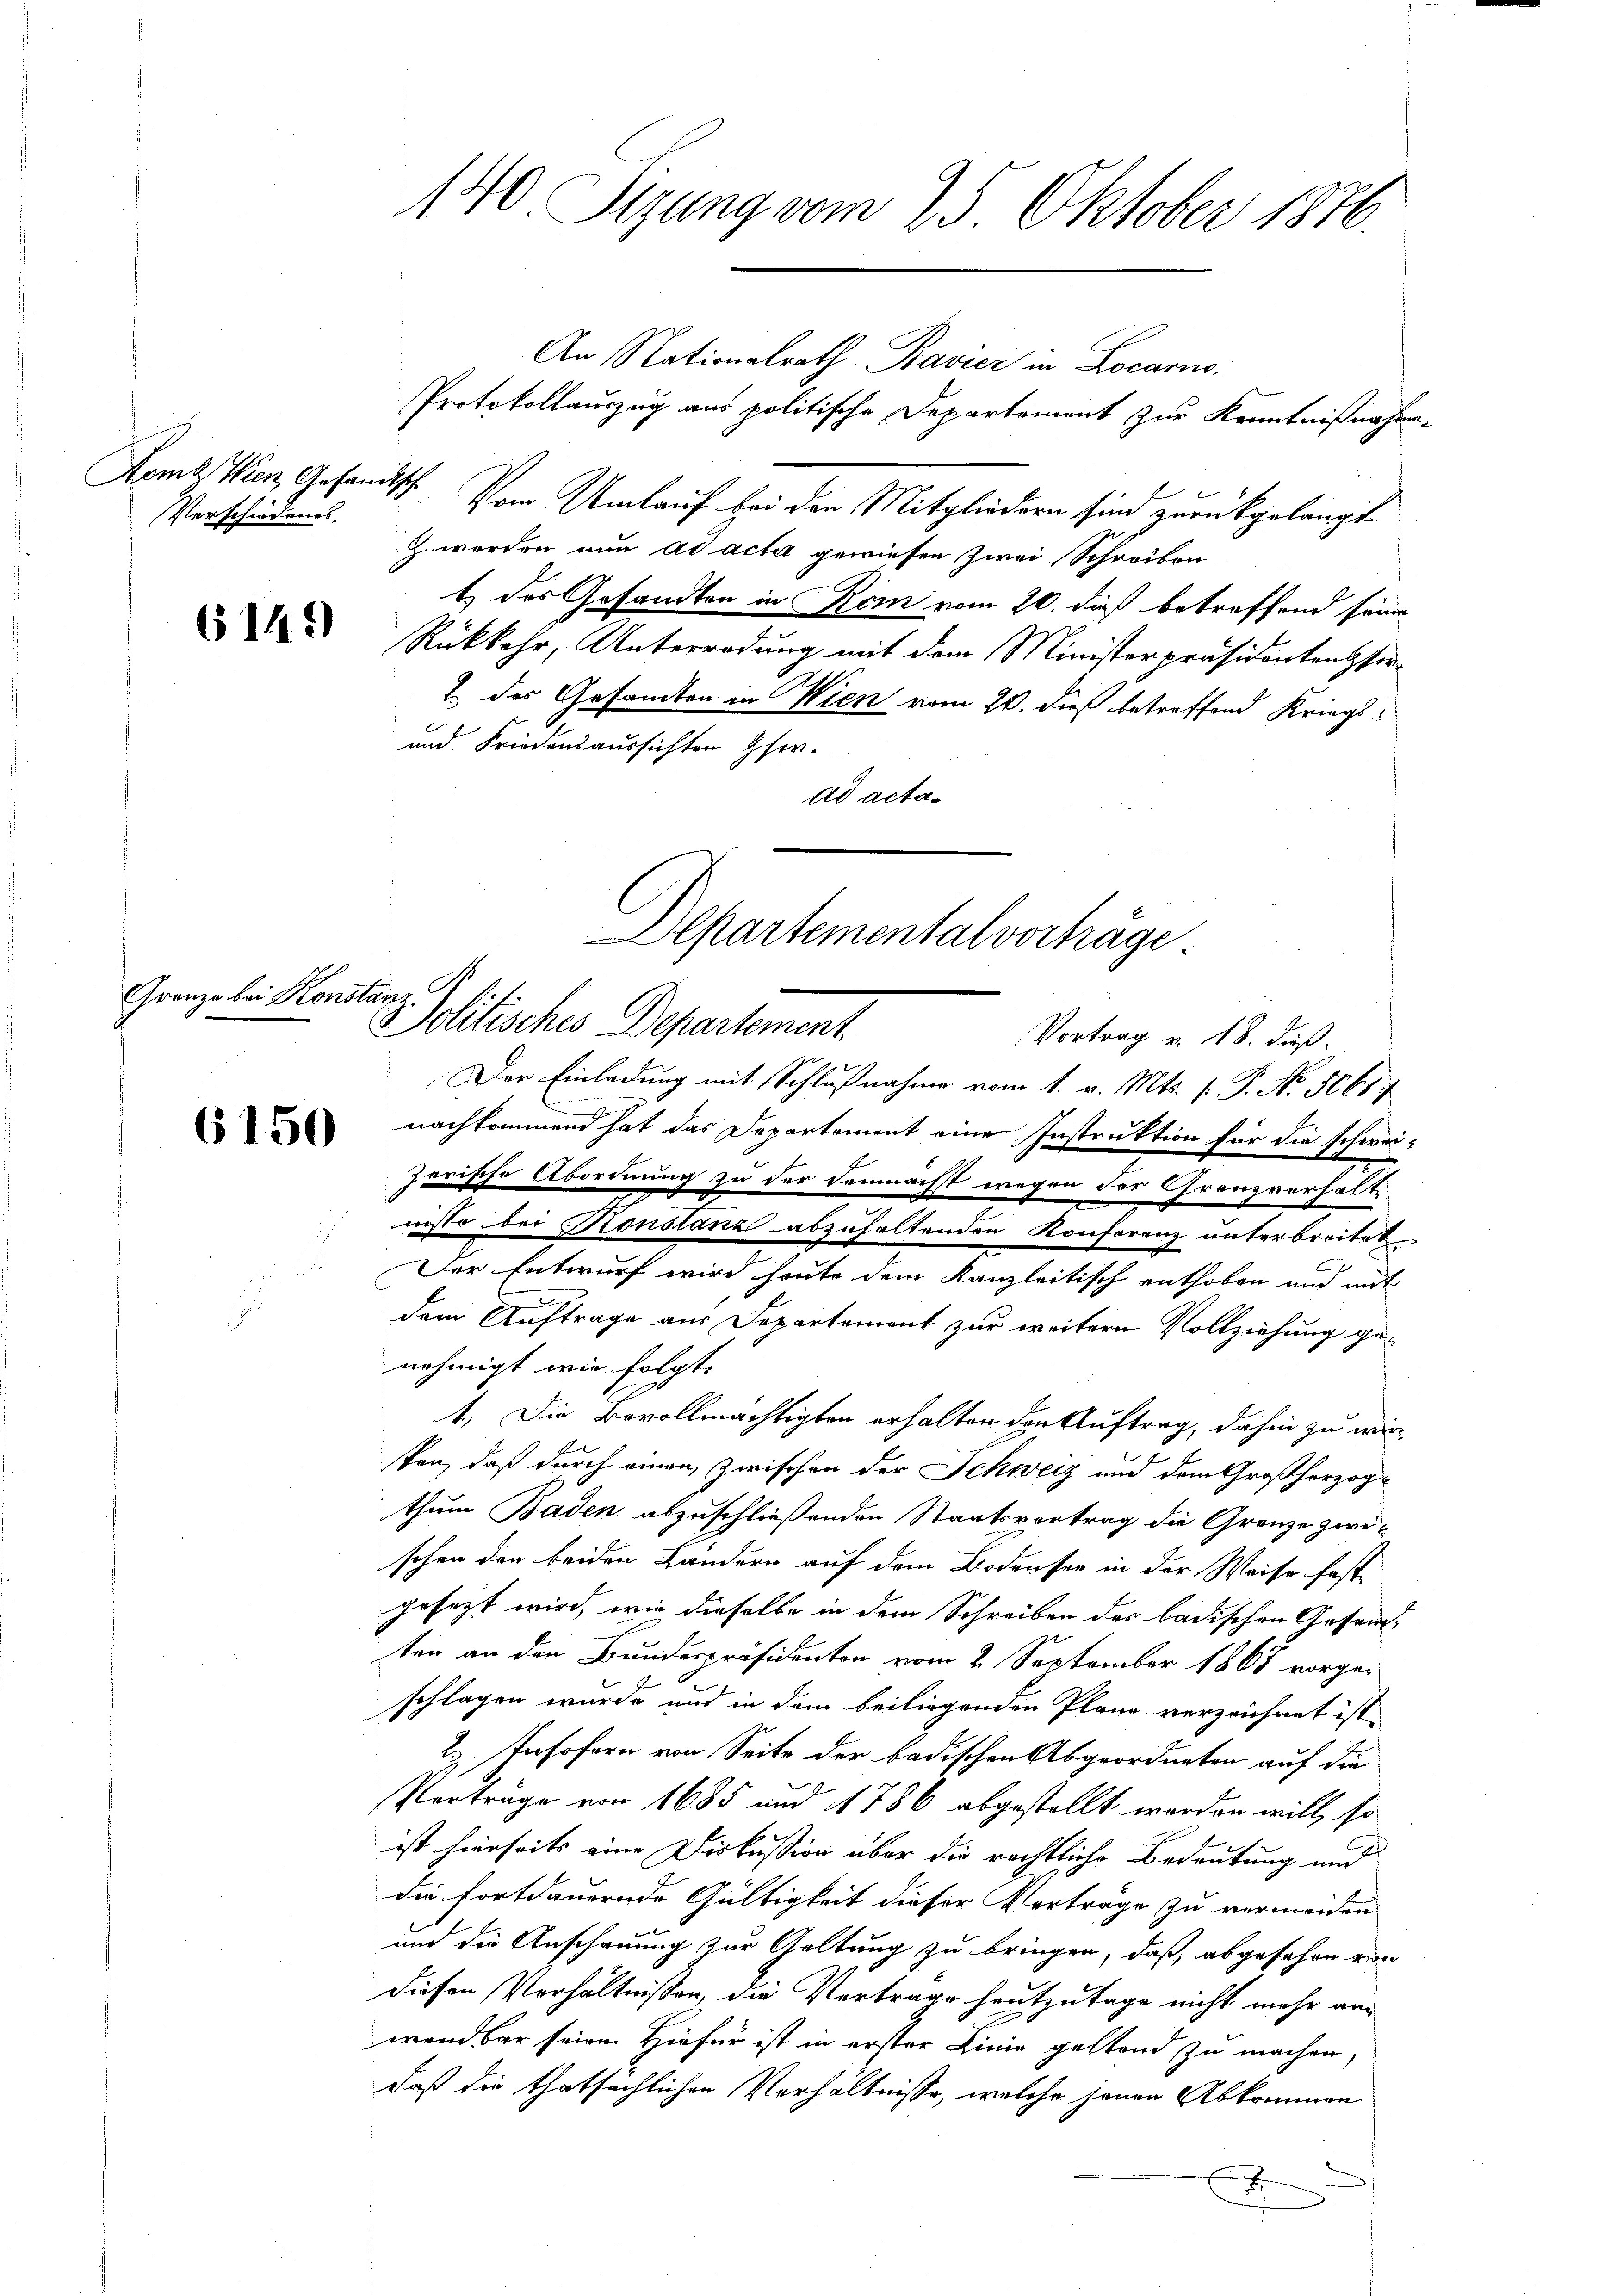
Verschiedenes

6149

Granze bei Konstanz.

6150

140 Sizung vom 25. Oktober 1876.

Alpartemental vorträge
Solitisches Departement
Vortrag v. 18. dieß.

An Nationalrath Ravici in Locarno.
Protokollauszug aus politische Departement zur Kenntnißnahmen
Komt Wien, Gesandtsch. Vom Umlauf bei den Mitgliedern sind zurückgelangt
z werden nun ad acta gewiesen zwei Schreiben
1 des Gesandten in Rom vom 20. dieß betreffend seine
Rükkehr, Unterredung mit dem Ministerpräsidententfer¬
2. des Gesamten in Wien vom 20. dieß betreffend Kriegs¬
und Friedensaussichten Gher.
ad acta¬
Der Einladung mit Schlußnahme vom 1. v. Mts. 1. P. Nr. 5661
nachkommend hat das Departement eine Instruktion für die schweizerische Abordnung zu der demnächst wegen der Granzverhalte
nisse bei Konstanz abzuhaltenden Konferenz unterbreitet
Der Entwurf wird heute dem Kanzleitisch enthoben und mit
dem Auftrage aus Departement zur weitere Vollziehung genehmigt wie folgt.
1.) Die Bevollmächtigten erhalten den Auftrag, dahin zu wirsten, daß durch einen, zwischen der Schweiz und dem Großherzogthum Baden abzuschließenden Staatsvortrag die Grenze zwischon den beiden Ländern auf dem Bodenser in der Weise fast
gesezt wird, wie dieselbe in dem Schreiben der badischen Gesandten an den Bundespräsidenten vom 2. September 1868 vorgeschlagen wurde und in dem beiliegenden Pläne verzeichnet ist.
2) Insofern von Seite der badischen Abgeordneten auf die
Vorträge von 1685 und 1786 abgestellt werden will, so
ist hierseits eine Diskussion über die rechtliche Bedeutung und
die fortdauernde Gültigkeit dieser Verträge zu vermeiden
und die Anschauung zur Geltung zu bringen, daß, abgesehen von
diesen Verhältnissen, die Vertrage heutzutage nicht mehr an
wendbar seinen Hiefür ist in erster Linie geltend zu machen,
daß die thatsächlichen Verhältnisse, welche jenen Abkommen
e